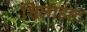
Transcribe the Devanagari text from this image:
शिलाहाट